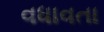
વધાવતા